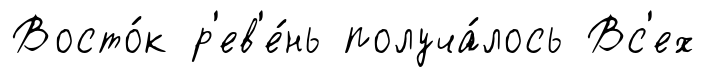
Восто́к р'ев'е́нь получа́лось Вс'ех